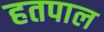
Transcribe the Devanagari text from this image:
हतपाल